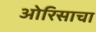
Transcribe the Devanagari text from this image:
ओरिसाचा